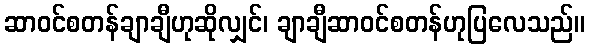
ဆာဝင်စတန်ချာချီဟုဆိုလျှင်၊ ချာချီဆာဝင်စတန်ဟုပြလေသည်။